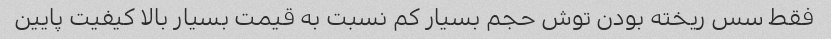
فقط سس ریخته بودن توش حجم بسیار کم نسبت به قیمت بسیار بالا کیفیت پایین